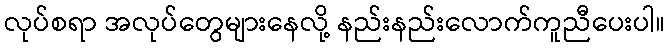
လုပ်စရာ အလုပ်တွေများနေလို့ နည်းနည်းလောက်ကူညီပေးပါ။